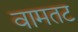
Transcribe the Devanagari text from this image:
वामतट